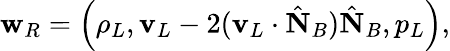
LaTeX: \begin{array}{r}{{\mathbf w}_{R}=\left(\rho_{L},{\mathbf v}_{L}-2({\mathbf v}_{L}\cdot\hat{\mathbf N}_{B})\hat{\mathbf N}_{B},p_{L}\right),}\end{array}